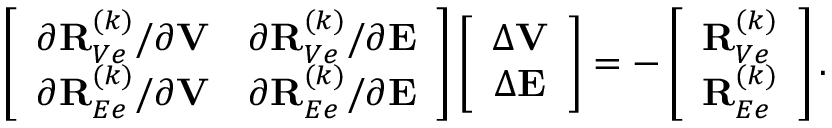
\begin{array} { r } { \left[ \begin{array} { c c } { \partial { \bf R } _ { V e } ^ { ( k ) } / \partial { \bf V } } & { \partial { \bf R } _ { V e } ^ { ( k ) } / \partial { \bf E } } \\ { \partial { \bf R } _ { E e } ^ { ( k ) } / \partial { \bf V } } & { \partial { \bf R } _ { E e } ^ { ( k ) } / \partial { \bf E } } \end{array} \right] \left[ \begin{array} { c } { \Delta { \bf V } } \\ { \Delta { \bf E } } \end{array} \right] = - \left[ \begin{array} { c } { { \bf R } _ { V e } ^ { ( k ) } } \\ { { \bf R } _ { E e } ^ { ( k ) } } \end{array} \right] . } \end{array}